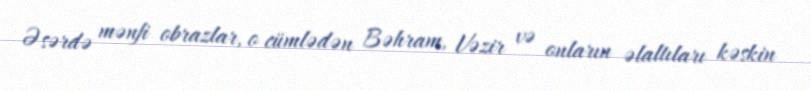
Əsərdə mənfi obrazlar, o cümlədən Bəhram, Vəzir və onların əlaltıları kəskin